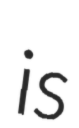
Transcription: is